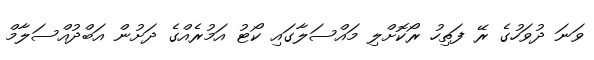
ވަނަ ދުވަހުގެ ރޭ ފަތިހު ރޯކޮށްލި މައްސަލާގައި ކޯޓު އަމުރެއްގެ ދަށުން އަބްދުއްސަލާމް